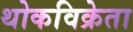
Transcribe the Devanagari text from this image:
थोकविक्रेता